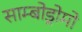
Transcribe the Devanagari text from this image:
साम्बोड्रोमो